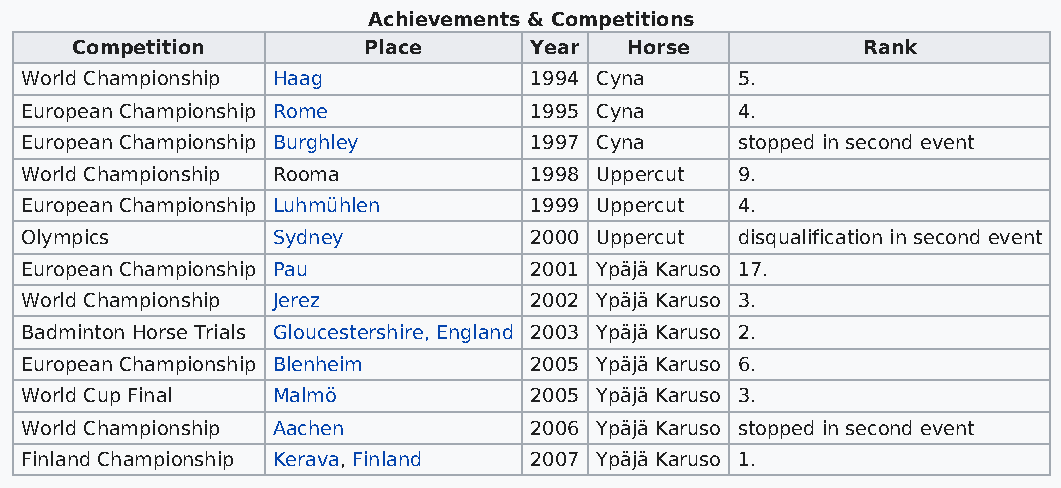
Achievements & Competitions
 Competition        Place      Year  Horse           Rank
 World Championship Haag           1994 Cyna     5.
 European Championship Rome        1995 Cyna     4.
 European Championship Burghley    1997 Cyna     stopped in second event
 World Championship Rooma          1998 Uppercut 9.
 European Championship Luhmühlen   1999 Uppercut 4.
 Olympics         Sydney           2000 Uppercut disqualification in second event
 European Championship Pau         2001 Ypäjä Karuso 17.
 World Championship Jerez          2002 Ypäjä Karuso 3.
 Badminton Horse Trials Gloucestershire, England 2003 Ypäjä Karuso 2.
 European Championship Blenheim    2005 Ypäjä Karuso 6.
 World Cup Final  Malmö            2005 Ypäjä Karuso 3.
 World Championship Aachen         2006 Ypäjä Karuso stopped in second event
 Finland Championship Kerava, Finland 2007 Ypäjä Karuso 1.